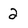
Character: 2